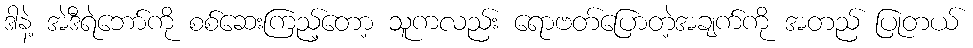
ဒါနဲ့ အဲဒီရဲဘော်ကို စစ်ဆေးကြည့်တော့ သူကလည်း ရောဗတ်ပြောတဲ့အချက်ကို အတည် ပြုတယ်